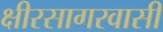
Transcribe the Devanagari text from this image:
क्षीरसागरवासी